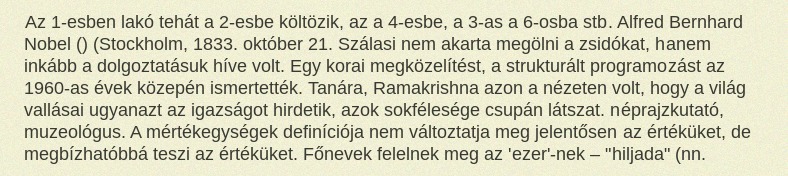
Az 1-esben lakó tehát a 2-esbe költözik, az a 4-esbe, a 3-as a 6-osba stb. Alfred Bernhard Nobel () (Stockholm, 1833. október 21. Szálasi nem akarta megölni a zsidókat, hanem inkább a dolgoztatásuk híve volt. Egy korai megközelítést, a strukturált programozást az 1960-as évek közepén ismertették. Tanára, Ramakrishna azon a nézeten volt, hogy a világ vallásai ugyanazt az igazságot hirdetik, azok sokfélesége csupán látszat. néprajzkutató, muzeológus. A mértékegységek definíciója nem változtatja meg jelentősen az értéküket, de megbízhatóbbá teszi az értéküket. Főnevek felelnek meg az 'ezer'-nek – "hiljada" (nn.